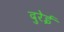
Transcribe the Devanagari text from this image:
दुरेई